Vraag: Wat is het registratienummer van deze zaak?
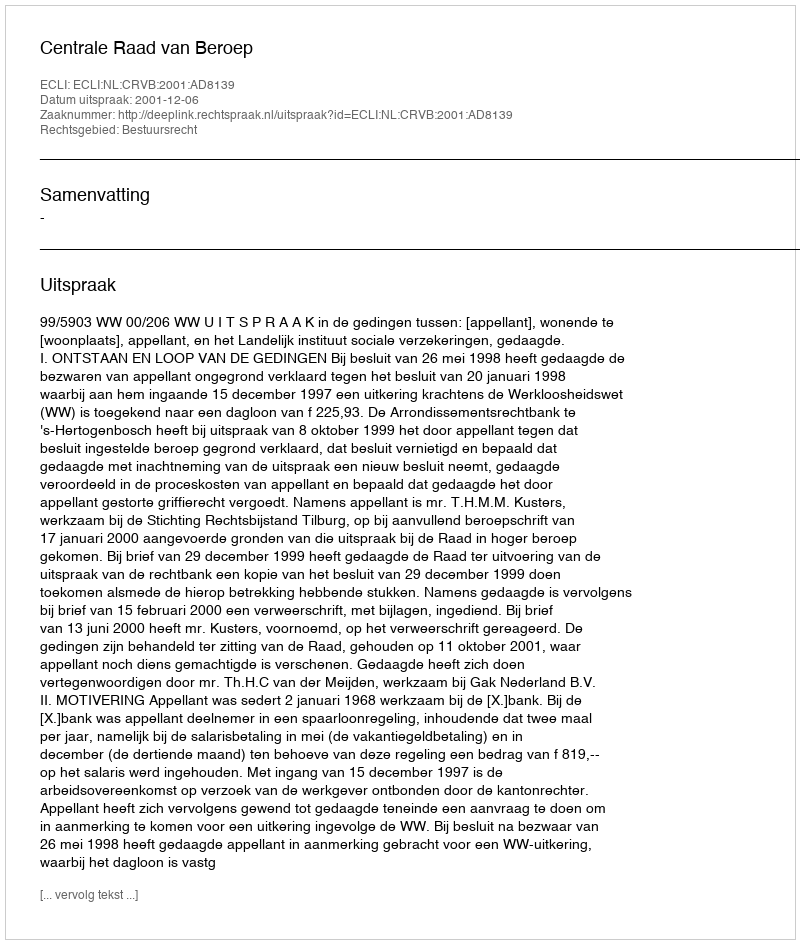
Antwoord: http://deeplink.rechtspraak.nl/uitspraak?id=ECLI:NL:CRVB:2001:AD8139